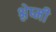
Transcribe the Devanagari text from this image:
श्लेष्मी